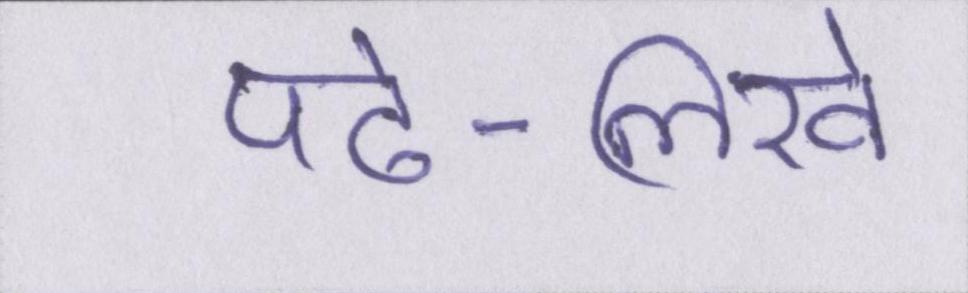
पढ़े-लिखे